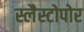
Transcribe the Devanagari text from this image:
स्लैस्टोपोर